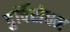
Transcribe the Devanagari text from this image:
दुर्विरोचन